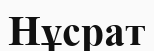
Нұсрат